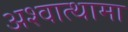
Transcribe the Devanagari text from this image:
अश्वात्थामा